Indian journal of veterinary science and animal husbandry - Volumes 15-17, 1948-1951
Year: 1948
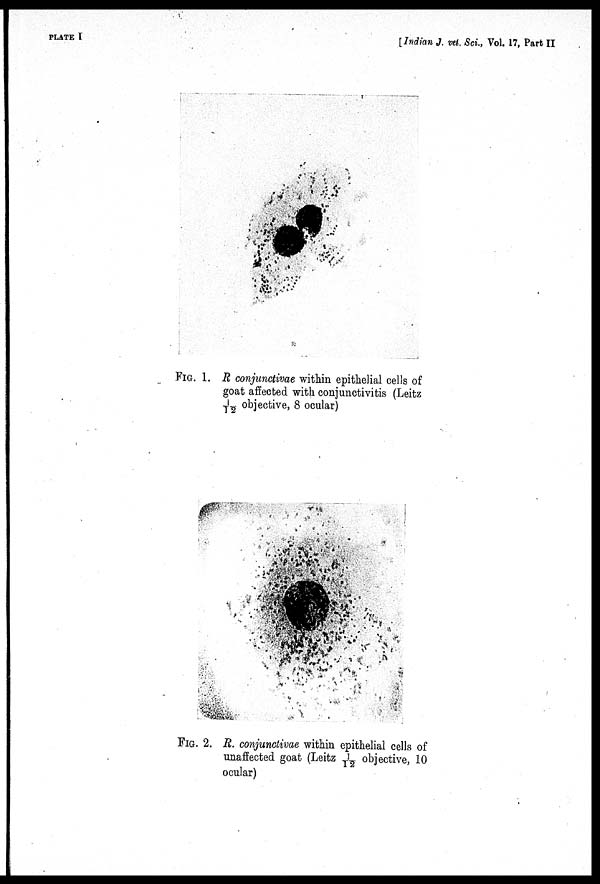
PLATE I
[Indian J. vet. Sci., Vol. 17, Part II
FIG. 1. R conjunctivae within epithelial cells of
goat affected with conjunctivitis (Leitz
1/12 objective, 8 ocular)
FIG. 2. R. conjunctivae within epithelial cells of
unaffected goat (Leitz 1/12 objective, 10
ocular)